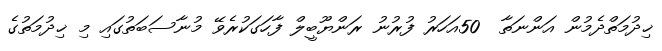
ޚިދުމަތްދެމުން އަންނަތާ  50އަހަރު ފުރުނު ރަންޔޫބީލް ފާހަގަކުރެވޭ މުނާސަބަތުގައި މި ޚިދުމަތުގެ